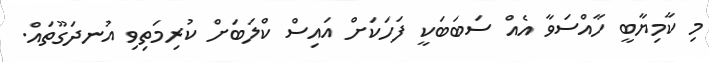
މި ކާމިޔާބީ ހާއްސަވާ އެއް ސަބަބަކީ ފަހަކަށް އައިސް ކްލަބަށް ކުރިމަތިވި އުނދަގޫތައް.